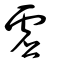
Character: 虗